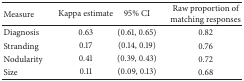
| Measure | Kappa estimate | 95% CI | Raw proportion of matching responses |
 | --- | --- | --- | --- |
 | Diagnosis | 0.63 | (0.61, 0.65) | 0.82 |
 | Stranding | 0.17 | (0.14, 0.19) | 0.76 |
 | Nodularity | 0.41 | (0.39, 0.43) | 0.72 |
 | Size | 0.11 | (0.09, 0.13) | 0.68 |